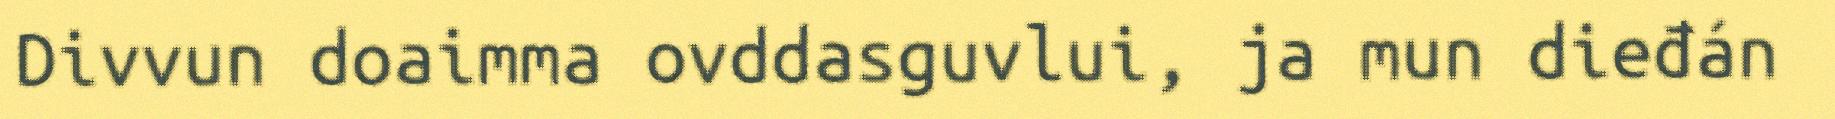
Divvun doaimma ovddasguvlui, ja mun dieđán